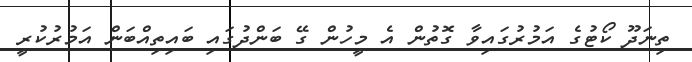
ތިނަދޫ ކޯޓުގެ އަމުރުގައިވާ ގޮތުން އެ މީހުން ގޭ ބަންދުގައި ބައިތިއްބަން އަމުރުކުރީ